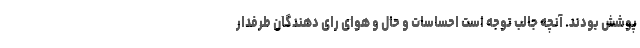
پوشش بودند. آنچه جالب توجه است احساسات و حال و هوای رای دهندگان طرفدار